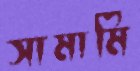
সামামি